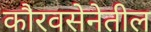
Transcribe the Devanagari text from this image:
कौरवसेनेतील